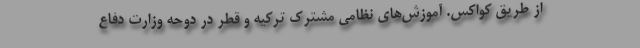
از طریق کواکس. آموزش‌های نظامی مشترک ترکیه و قطر در دوحه وزارت دفاع